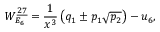
W _ { E _ { 6 } } ^ { \underline { { { 2 7 } } } } = { \frac { 1 } { x ^ { 3 } } } \left( q _ { 1 } \pm p _ { 1 } \sqrt { p _ { 2 } } \right) - u _ { 6 } ,